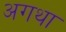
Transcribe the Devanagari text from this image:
अगथा